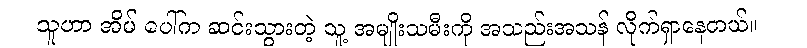
သူဟာ အိမ် ပေါ်က ဆင်းသွားတဲ့ သူ့ အမျိုးသမီးကို အသည်းအသန် လိုက်ရှာနေတယ်။